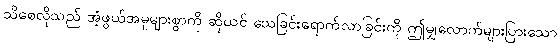
သိစေလိုသည် အံ့ဖွယ်အမှုများစွာကို ဆိုယင် သေခြင်းရောက်လာခြင်းကို ဤမျှလောက်များပြားသော